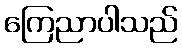
ကြေညာပါသည်